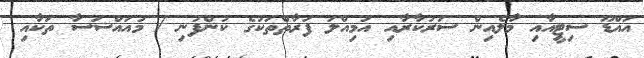
އައްޑޫ ސިޓީއާއި މާލެއިން ސަރުކާރާއި އަމިއްލަ ފަރާތްތަކުގެ ކުންފުނި / މުއައްސަސާ ތަކާއި